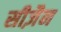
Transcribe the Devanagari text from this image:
सीज़ैन